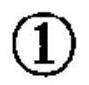
\textcircled{1}